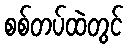
စစ်တပ်ထဲတွင်